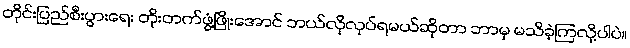
တိုင်းပြည်စီးပွားရေး တိုးတက်ဖွံ့ဖြိုးအောင် ဘယ်လိုလုပ်ရမယ်ဆိုတာ ဘာမှ မသိခဲ့ကြလို့ပါပဲ။